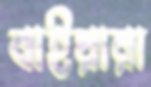
বাইয়ারা